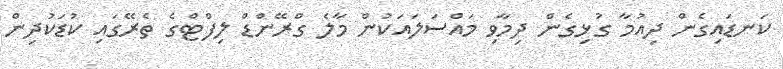
ކަނޑައިގެން ދިއުމާ ގުޅިގެން ދިމާވި މައްސަލައަކުން މާލެ ގްރޭންޑް ލިފްޓްގެ ތެރޭގައި ކުޑަކުދިން